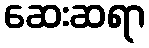
ဆေးဆရာ